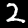
Digit: 2